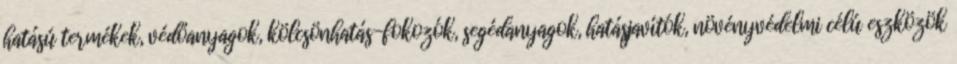
hatású termékek, védőanyagok, kölcsönhatás-fokozók, segédanyagok, hatásjavítók, növényvédelmi célú eszközök